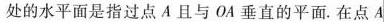
处的水平面是指过点A且与OA垂直的平面.在点A